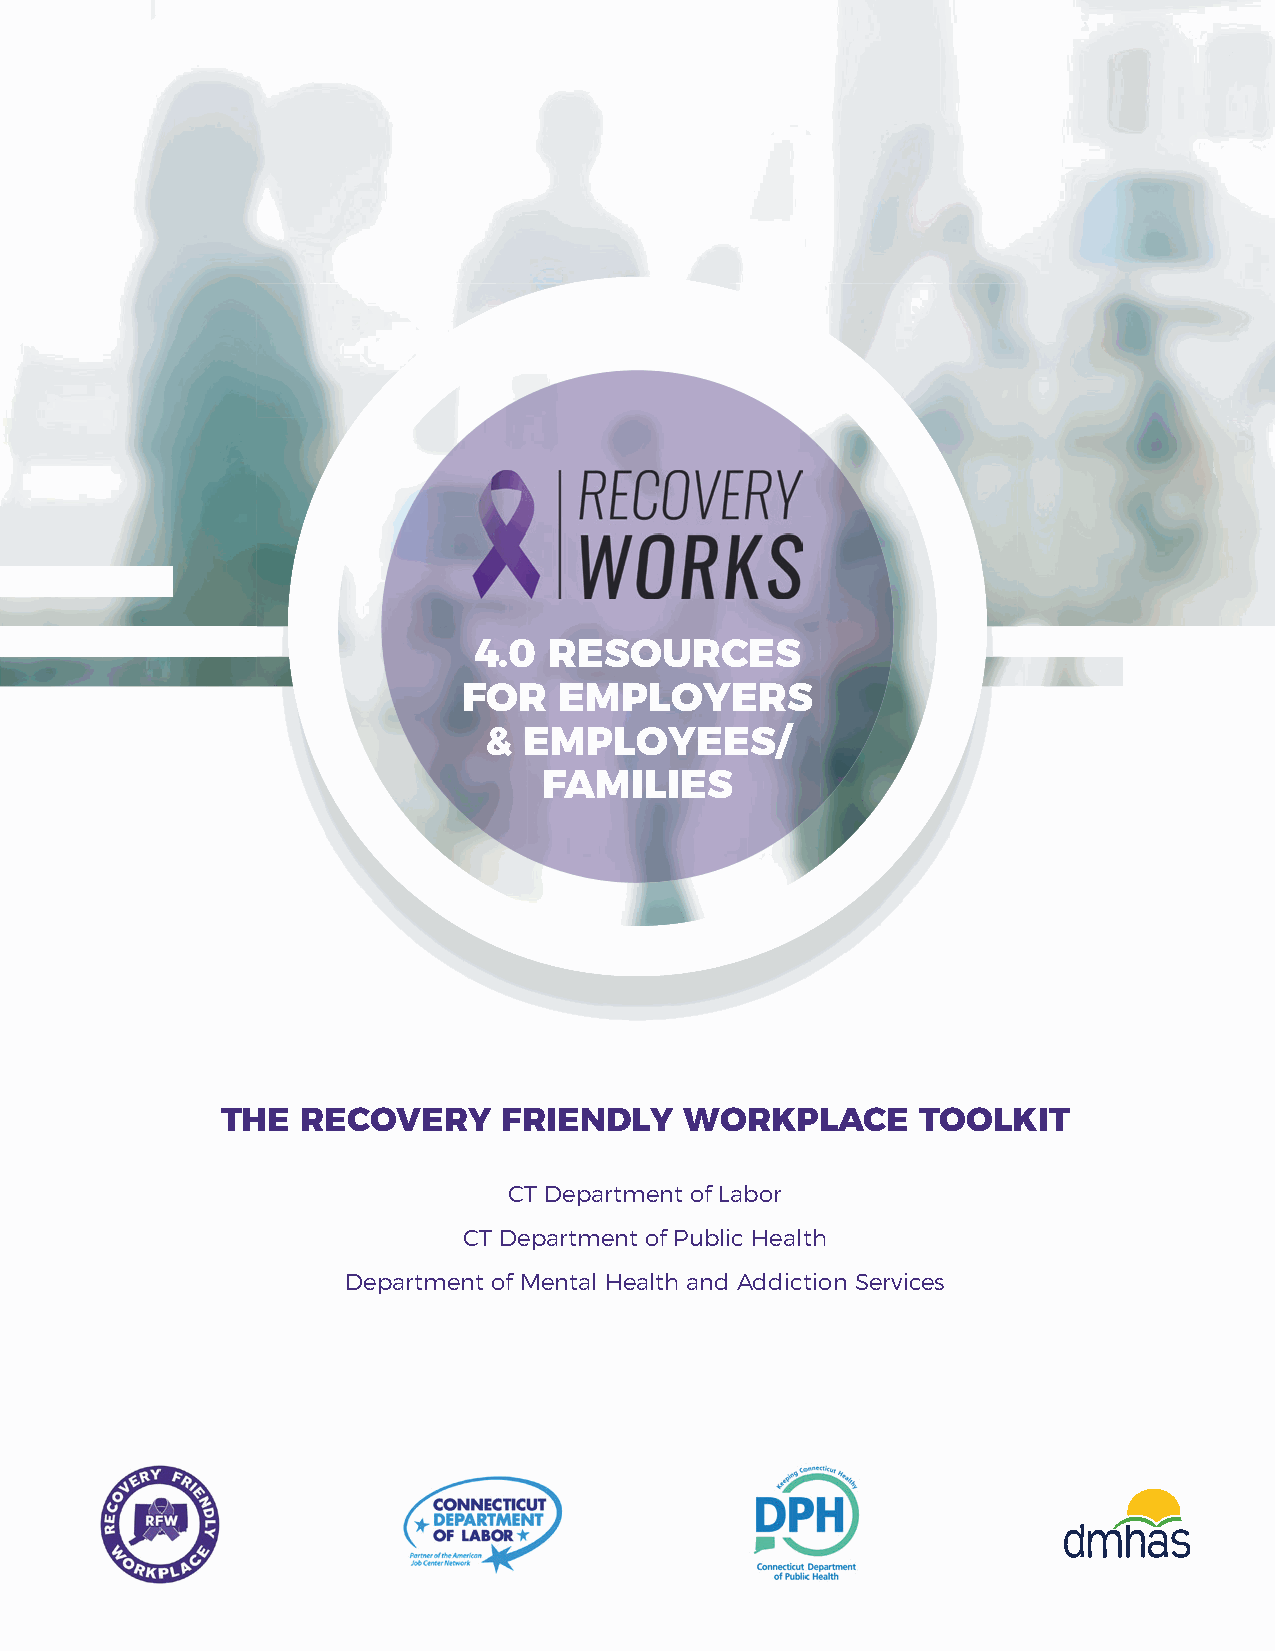
1
 4.0  RESOURCES
 FOR   EMPLOYERS
 &  EMPLOYEES/
 FAMILIES
 THE  RECOVERY     FRIENDLY    WORKPLACE       TOOLKIT
 CT Department of Labor
 CT Department of Public Health
 Department of Mental Health and Addiction Services